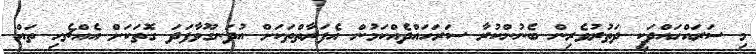
މި ސަރައްހައްދަކީ ދަތުރުވެރިން ބެނުންކުރާ ސަރަހައްދެއްކަމުން އެފަރާތްތަކަށް އުދަނގޫވާފަދަ ގޮތަކަށް އެއްޗެހި ތައް